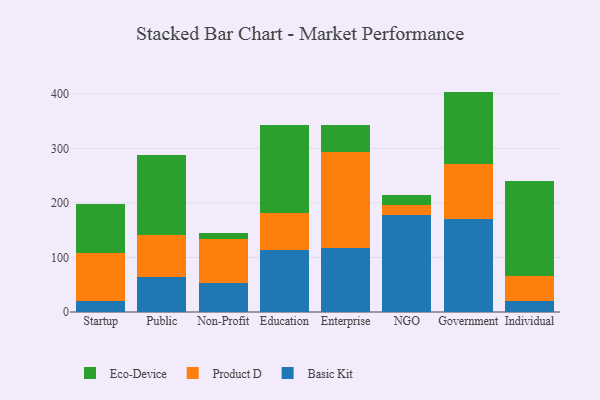
{"axis": {"x": "Segment", "y": "Budget (USD K)"}, "legend": ["Basic Kit", "Eco-Device", "Product D"], "data": [{"x": "Startup", "y": 19.8, "type": "Basic Kit"}, {"x": "Startup", "y": 87.5, "type": "Product D"}, {"x": "Startup", "y": 90.6, "type": "Eco-Device"}, {"x": "Public", "y": 65.1, "type": "Basic Kit"}, {"x": "Public", "y": 76.8, "type": "Product D"}, {"x": "Public", "y": 145.6, "type": "Eco-Device"}, {"x": "Non-Profit", "y": 54.0, "type": "Basic Kit"}, {"x": "Non-Profit", "y": 80.3, "type": "Product D"}, {"x": "Non-Profit", "y": 10.2, "type": "Eco-Device"}, {"x": "Education", "y": 113.0, "type": "Basic Kit"}, {"x": "Education", "y": 67.7, "type": "Product D"}, {"x": "Education", "y": 161.9, "type": "Eco-Device"}, {"x": "Enterprise", "y": 117.3, "type": "Basic Kit"}, {"x": "Enterprise", "y": 175.3, "type": "Product D"}, {"x": "Enterprise", "y": 50.6, "type": "Eco-Device"}, {"x": "NGO", "y": 178.0, "type": "Basic Kit"}, {"x": "NGO", "y": 17.9, "type": "Product D"}, {"x": "NGO", "y": 18.5, "type": "Eco-Device"}, {"x": "Government", "y": 170.2, "type": "Basic Kit"}, {"x": "Government", "y": 100.7, "type": "Product D"}, {"x": "Government", "y": 133.3, "type": "Eco-Device"}, {"x": "Individual", "y": 19.6, "type": "Basic Kit"}, {"x": "Individual", "y": 46.8, "type": "Product D"}, {"x": "Individual", "y": 173.7, "type": "Eco-Device"}]}